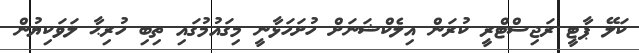
ކަލޭ ޕާޓީ ރަޖިސްޓްރީ ކުރަން އިލެކްޝަނަށް ހުށަހަޅާނީ މިގައުމުގައި ތިބި ހުރިޙާ ލަވަކިޔުން